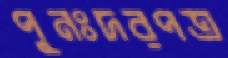
পুনঃদরপত্র